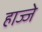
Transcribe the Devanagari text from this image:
हाज्जे